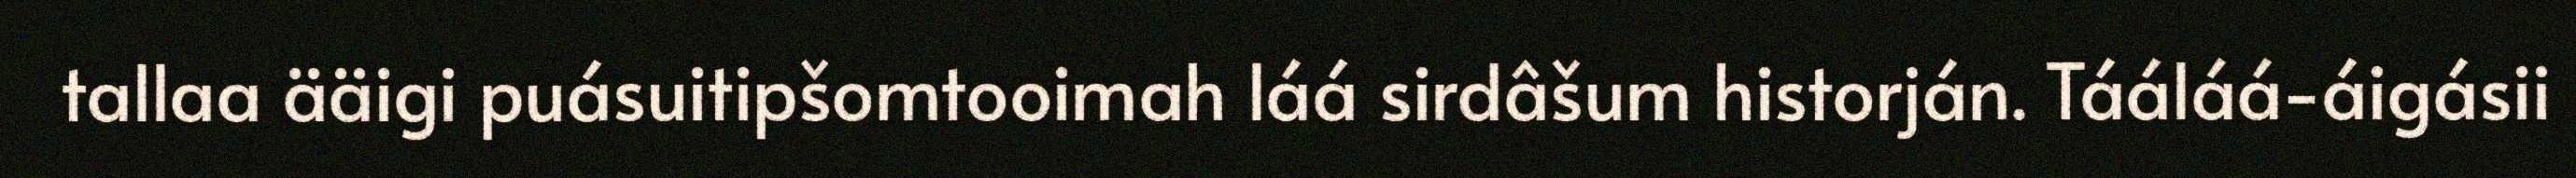
tallaa ääigi puásuitipšomtooimah láá sirdâšum historján. Tááláá-áigásii